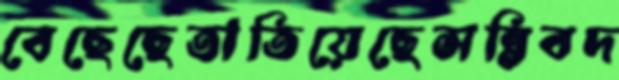
বেছেছেতাতিয়েছেসন্নিবদ